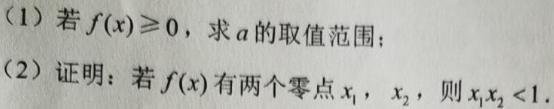
(1) 若 \(f(x)\geqslant0\)，求 \(a\) 的取值范围；
(2) 证明：若 \(f(x)\) 有两个零点 \(x_1\)，\(x_2\)，则 \(x_1x_2<1\)。